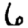
Digit: 6